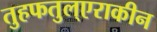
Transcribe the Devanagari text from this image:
तुहफतुल्एराकीन